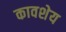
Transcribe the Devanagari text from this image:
कावशेय